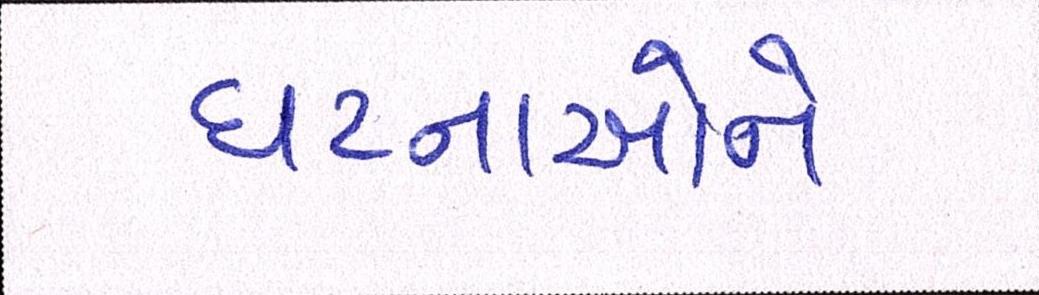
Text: ઘટનાઓને